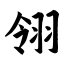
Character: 翎